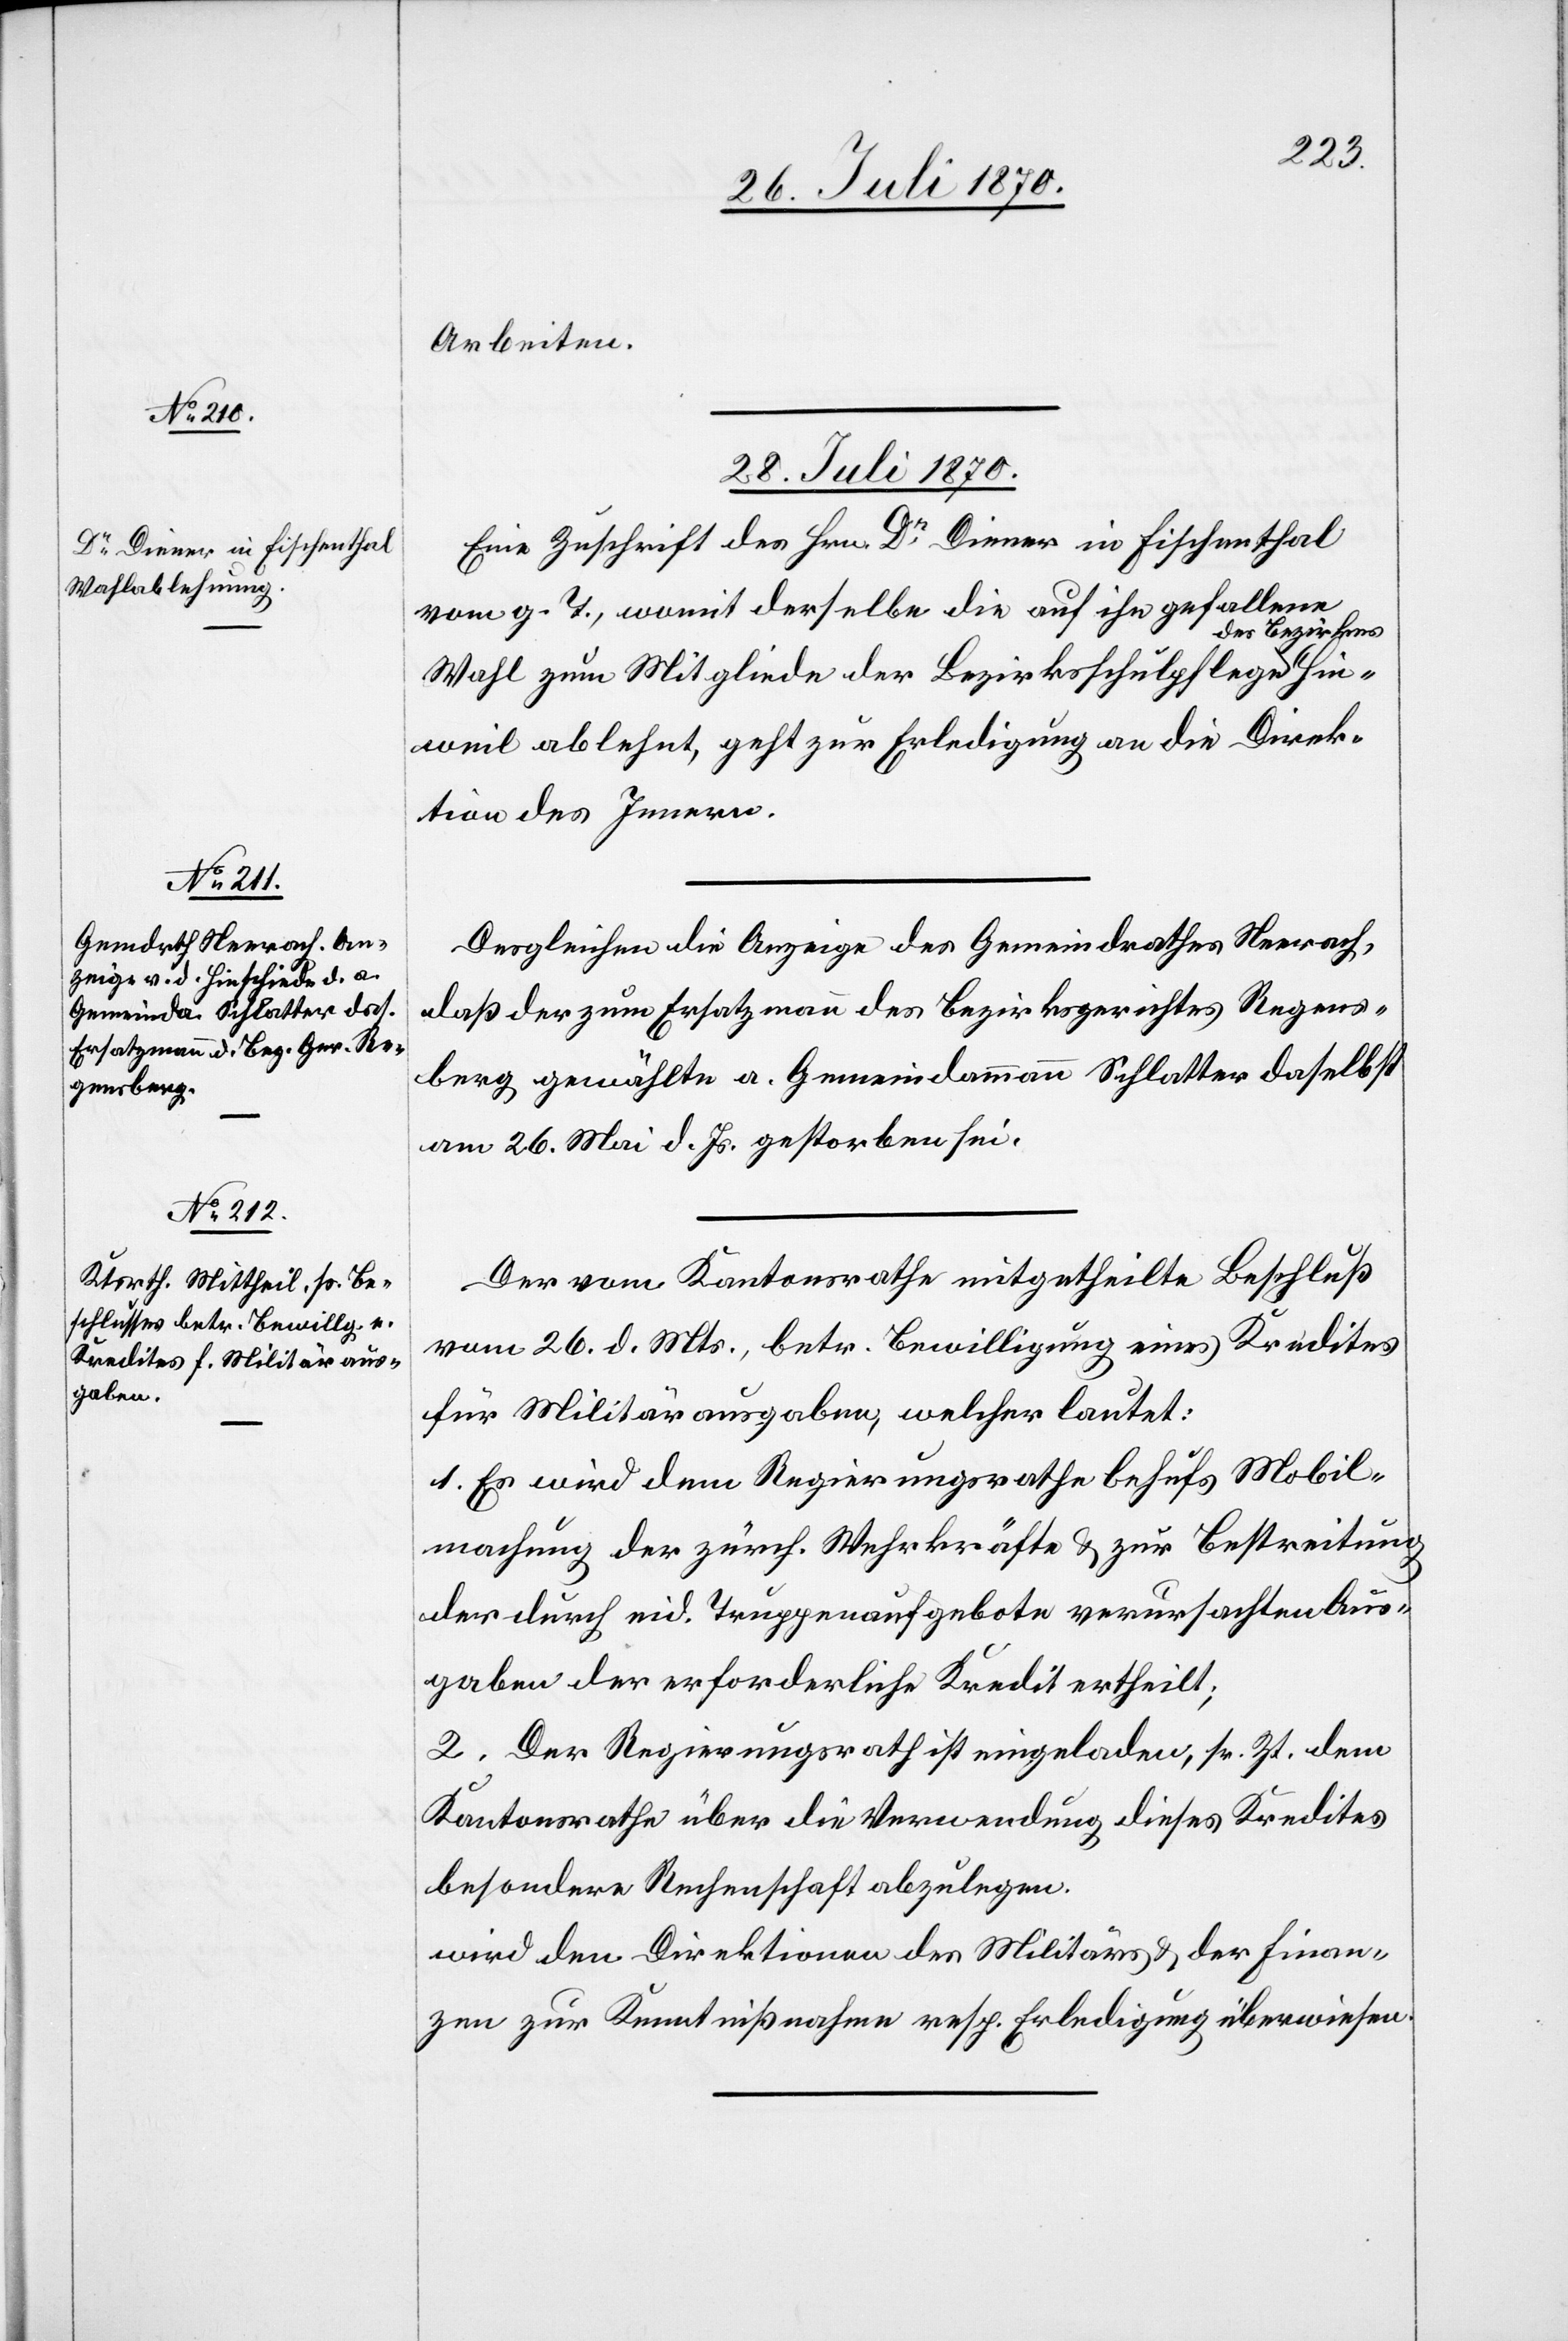
Arbeiten.
28. Juli 1870.]
Eine Zuschrift des Hrn. Dr Diener in Fischenthal
vom g. T., womit derselbe die auf ihn gefallene
es Bezirkes-a
Wahl zum Mitgliede der Bezirksschulpflege a-d¬
Hinweil ablehnt, geht zur Erledigung an die Direk¬
tion des Innern.
Desgleichen die Anzeige des Gemeindrathes Neerach,
daß der zum Ersatzmann des Bezirksgerichtes Regens¬
berg gewählte a. Gemeindammann Schlatter daselbst
am 26. Mai d. Js. gestorben sei.
Der vom Kantonsrathe mitgetheilte Beschluß
vom 26. d. Mts., betr. Bewilligung eines Kredites
für Militärausgaben, welcher lautet:
1. Es wird dem Regierungsrathe behufs Mobil¬
machung der zürch. Wehrkräfte & zur Bestreitung
der durch eid. Truppenaufgebote verursachten Aus¬
gaben der erforderliche Kredit ertheilt;
2. Der Regierungsrath ist eingeladen, sr. Zt. dem
Kantonsrathe über die Verwendung dieses Kredites
besondere Rechenschaft abzulegen.
wird den Direktionen des Militärs & der Finan¬
zen zur Kenntnißnahme resp. Erledigung überwiesen.